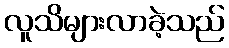
လူသိများလာခဲ့သည်